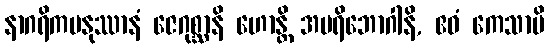
နာဂရိကမနုဿာနံ ဇေဂုစ္ဆာနိ ဟောန္တိ အပရိဘောဂါနိ, ဧဝံ ကေသာပိ